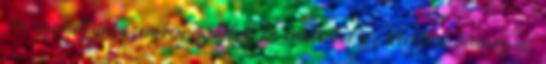
36 személlyel szemben nyújtott be vádiratot az illetékes bíróságra.